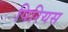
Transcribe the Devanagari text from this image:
पिरियस